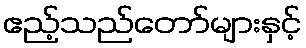
ဧည့်သည်တော်များနှင့်